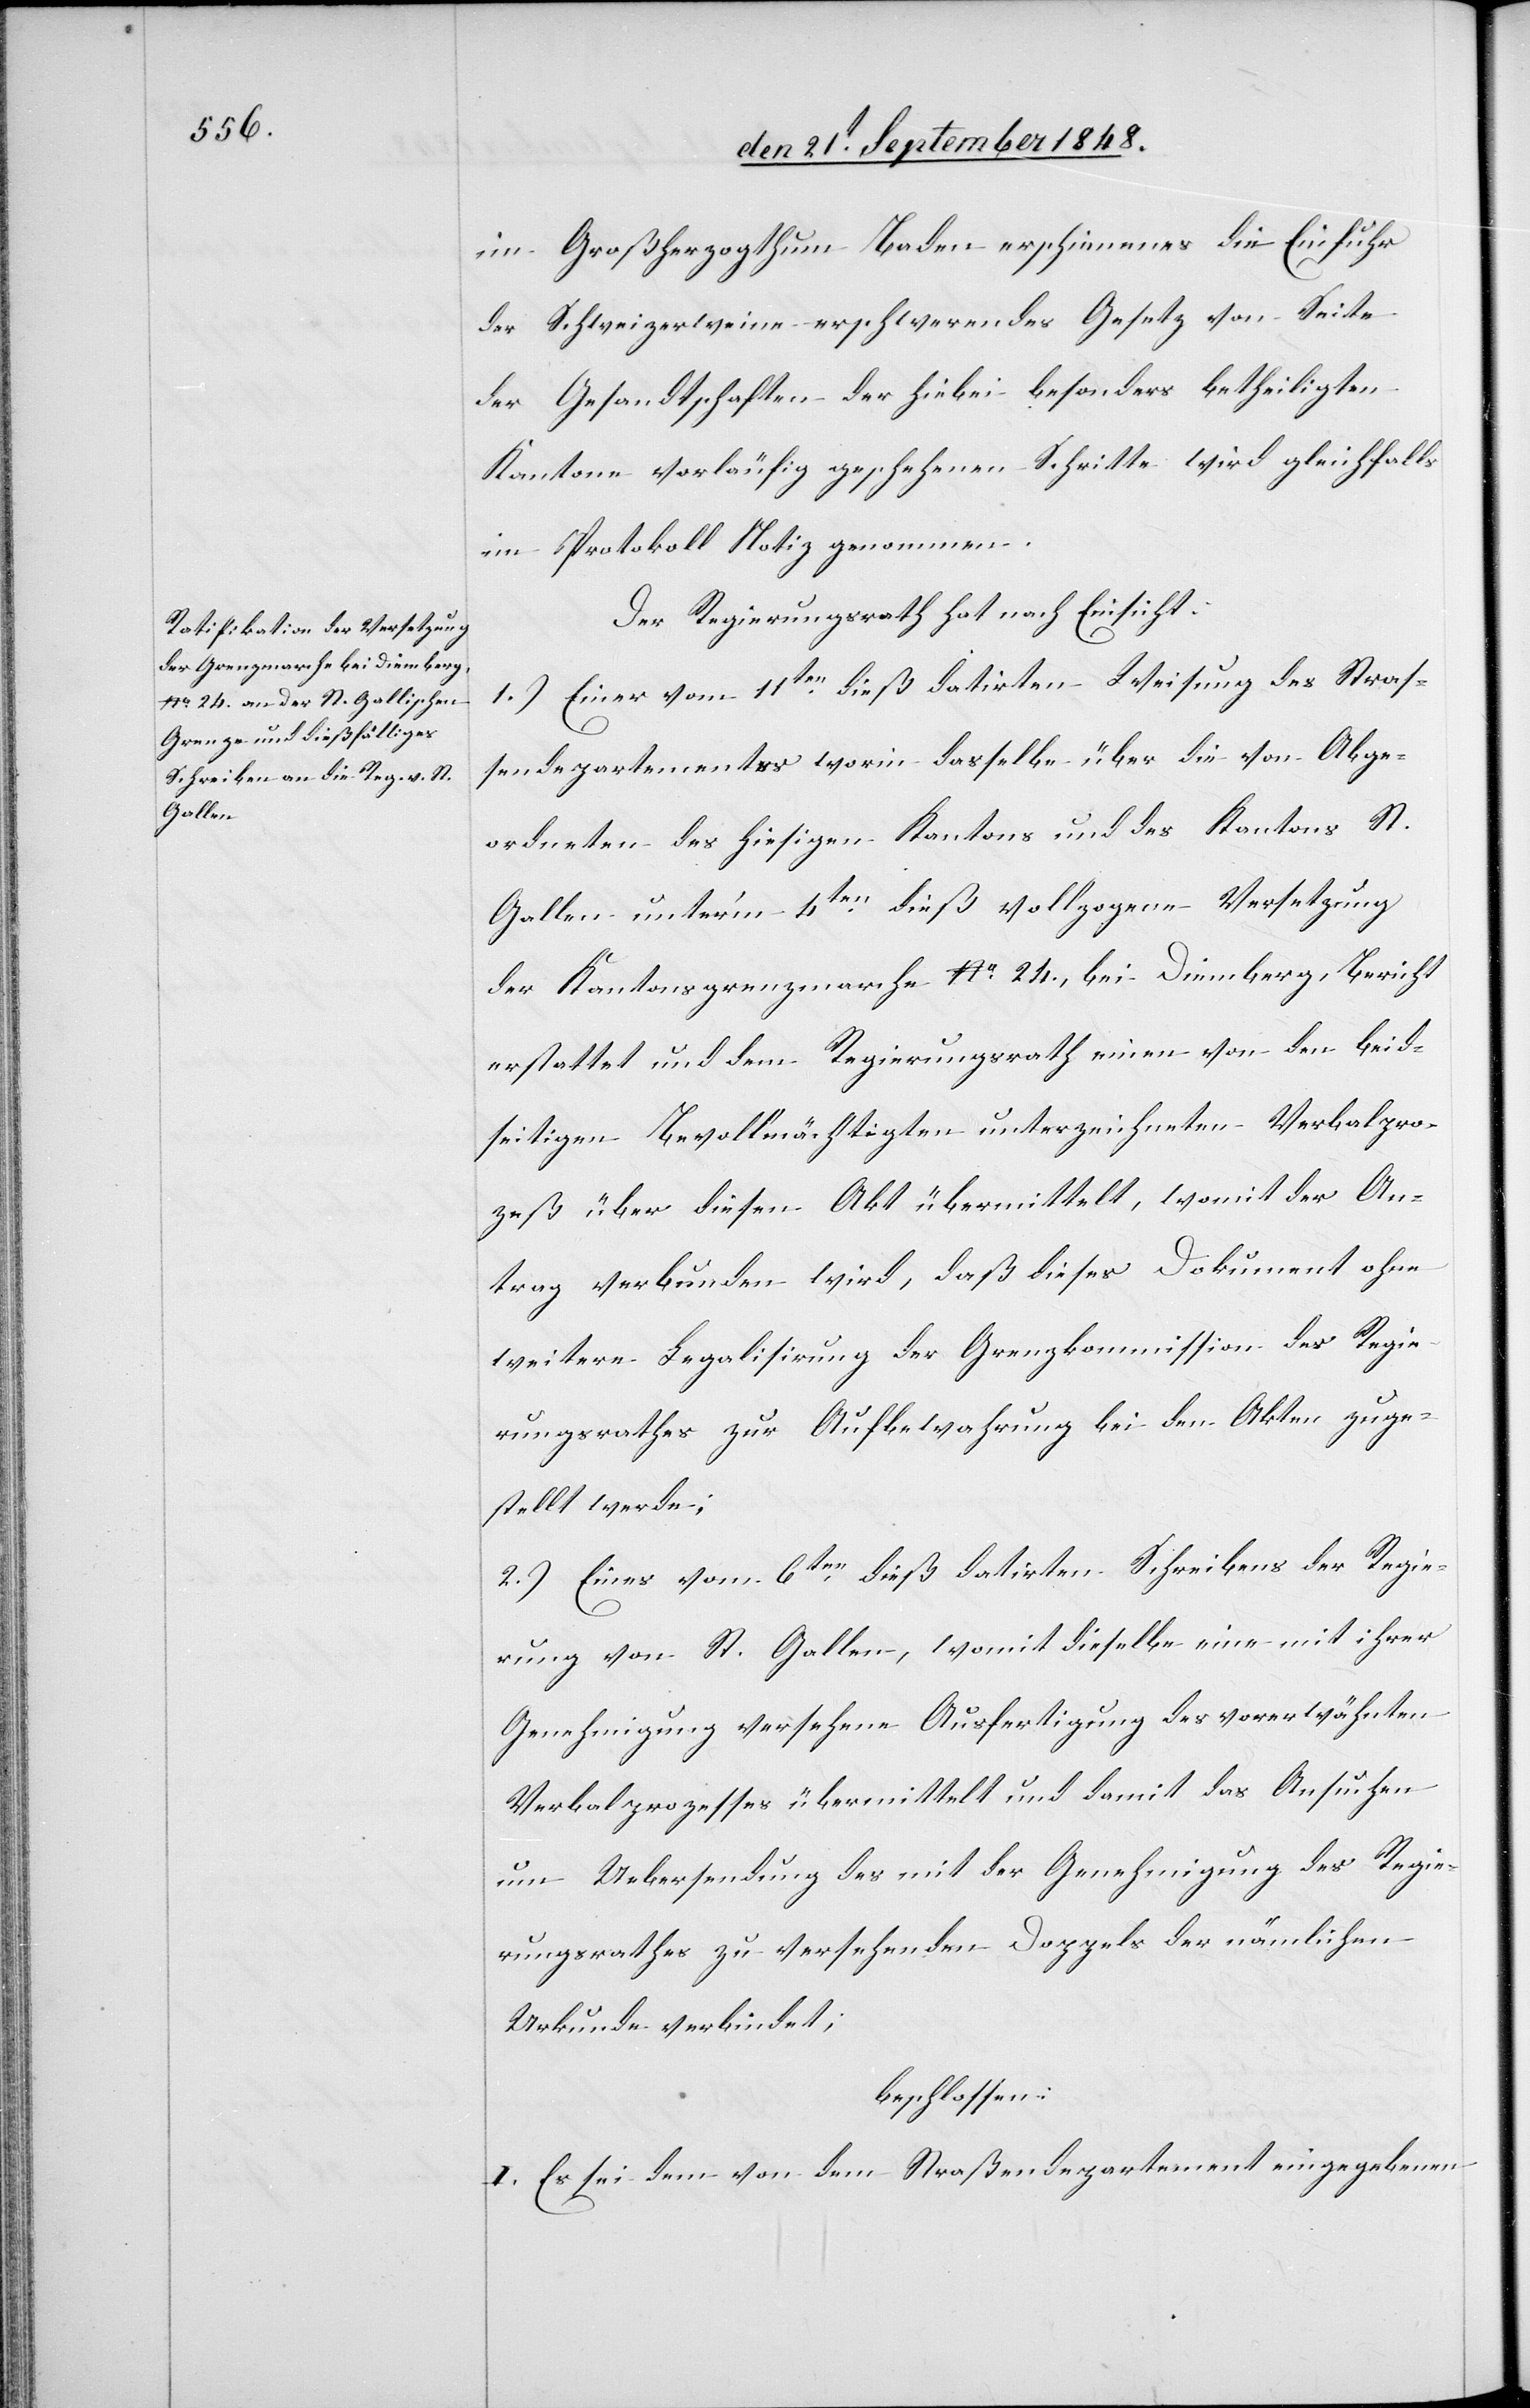
im Großherzogthum Baden erschienenes die Einfuhr
der Schweizerweine erschwerendes Gesetz von Seite
der Gesandtschaften der hiebei besonders betheiligten
Kantone vorläufig geschehenen Schritte wird gleichfalls
im Protokoll Notiz genommen.
Der Regierungsrath hat nach Einsicht:
1.) Eine vom 11ten dieß datirten Weisung des Straß¬
endepartementes worin dasselbe über die von Abge¬
ordneten des hiesigen Kantons und des Kantons St.
Gallen unter’m 4ten dieß vollzogene Versetzung
der Kantonsgrenzmarche No 24., bei Diemberg, Bericht
erstattet und dem Regierungsrath einen von den beid¬
seitigen Bevollmächtigten unterzeichneten Verbalpro¬
zeß über diesen Akt übermittelt, womit der An¬
trag verbunden wird, daß dieses Dokument ohne
weitere Legalisirung der Grenzkommission des Regie¬
rungsrathes zur Aufbewahrung bei den Akten zuge¬
stellt werde;
2.) Eines vom 6ten. dieß datirten Schreibens der Regie¬
rung von St. Gallen, womit dieselbe eine mit ihrer
Genehmigung versehene Ausfertigung des vorerwähnten
Verbalprozesses übermittelt und damit das Ansuchen
um Uebersendung des mit der Genehmigung des Regie¬
rungsrathes zu versehenden Doppels der nämlichen
Urkunde verbindet;
beschlossen:
I. Es sei dem von dem Straßendepartement eingegebenen